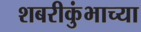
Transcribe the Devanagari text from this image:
शबरीकुंभाच्या